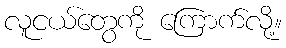
လူငယ်တွေကို ကြောက်လို့။